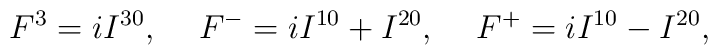
F^{3} = iI^{30}, \hspace{0.5 cm} F^{-} = iI^{10}+I^{20}, \hspace{0.5 cm}F^{+} = iI^{10}-I^{20},